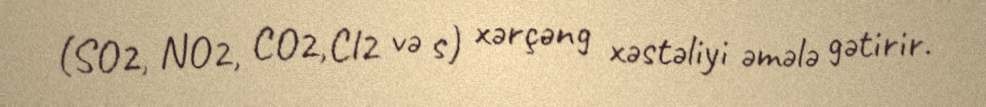
(SO2, NO2, CO2,Cl2 və s) xərçəng xəstəliyi əmələ gətirir.